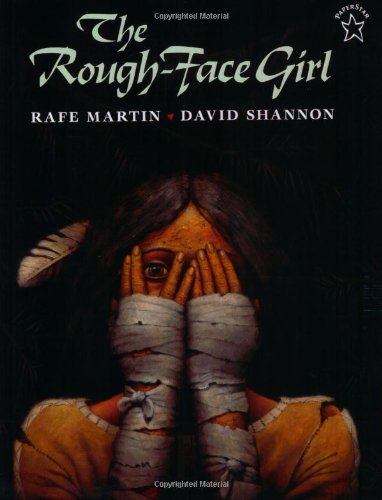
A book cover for The Rough-Face Girl; Rafe Martin; Children's Books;